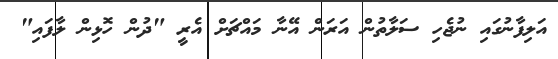
އަލިފާނުގައި ނުޖެހި ސަލާތުން އަރަން އޭނާ މައްޗަށް އެރީ "ދުން ހޮޅިން ލާފައި"